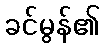
ခင်မွန်၏